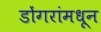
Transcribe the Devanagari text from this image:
डोंगरांमधून